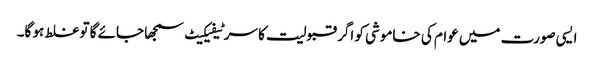
ایسی صورت میں عوام کی خاموشی کو اگر قبولیت کا سرٹیفیکیٹ سمجھا جائے گا تو غلط ہو گا۔